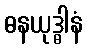
ဓနယုဒ္ဓါနံ